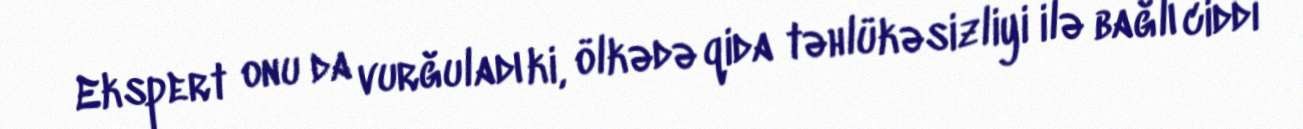
Ekspert onu da vurğuladı ki, ölkədə qida təhlükəsizliyi ilə bağlı ciddi